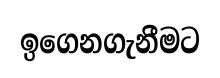
ඉගෙනගැනීමට